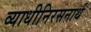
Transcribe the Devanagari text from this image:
व्याधीनिरसनार्थ